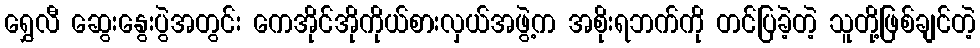
ရွှေလီ ဆွေးနွေးပွဲအတွင်း ကေအိုင်အိုကိုယ်စားလှယ်အဖွဲ့က အစိုးရဘက်ကို တင်ပြခဲ့တဲ့ သူတို့ဖြစ်ချင်တဲ့